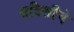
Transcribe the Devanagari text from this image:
सदिशीचे